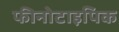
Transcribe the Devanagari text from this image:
फीनोटाइपिक